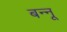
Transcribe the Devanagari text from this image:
बन्‍नू